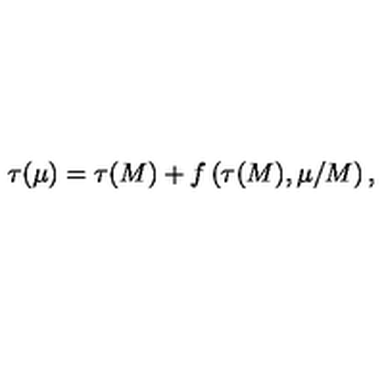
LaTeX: \tau ( \mu ) = \tau ( M ) + f \left( \tau ( M ) , \mu / M \right) ,